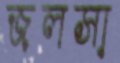
জলসা